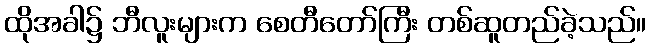
ထိုအခါ၌ ဘီလူးများက စေတီတော်ကြီး တစ်ဆူတည်ခဲ့သည်။